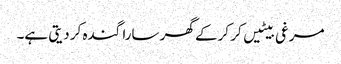
مرغی بیٹیں کر کرکے گھر سارا گندہ کر دیتی ہے۔